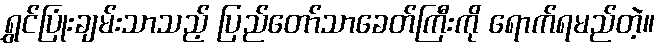
ရွှင်ပြုံးချမ်းသာသည့် ပြည်တော်သာခေတ်ကြီးကို ရောက်ရမည်တဲ့။